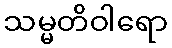
သမ္မတိဝါရော